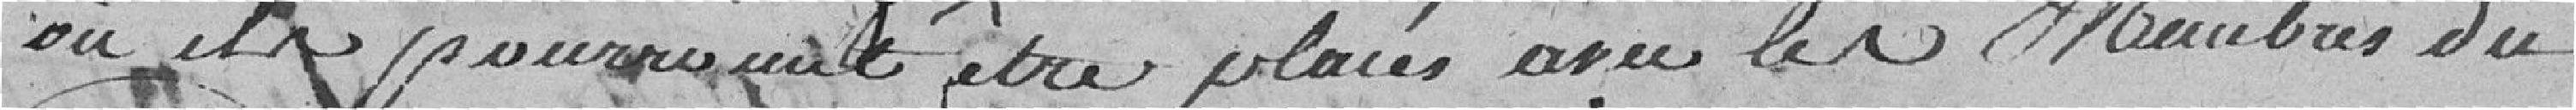
où ils pourraient être placés avec les Membres du